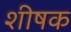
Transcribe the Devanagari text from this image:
शीषक